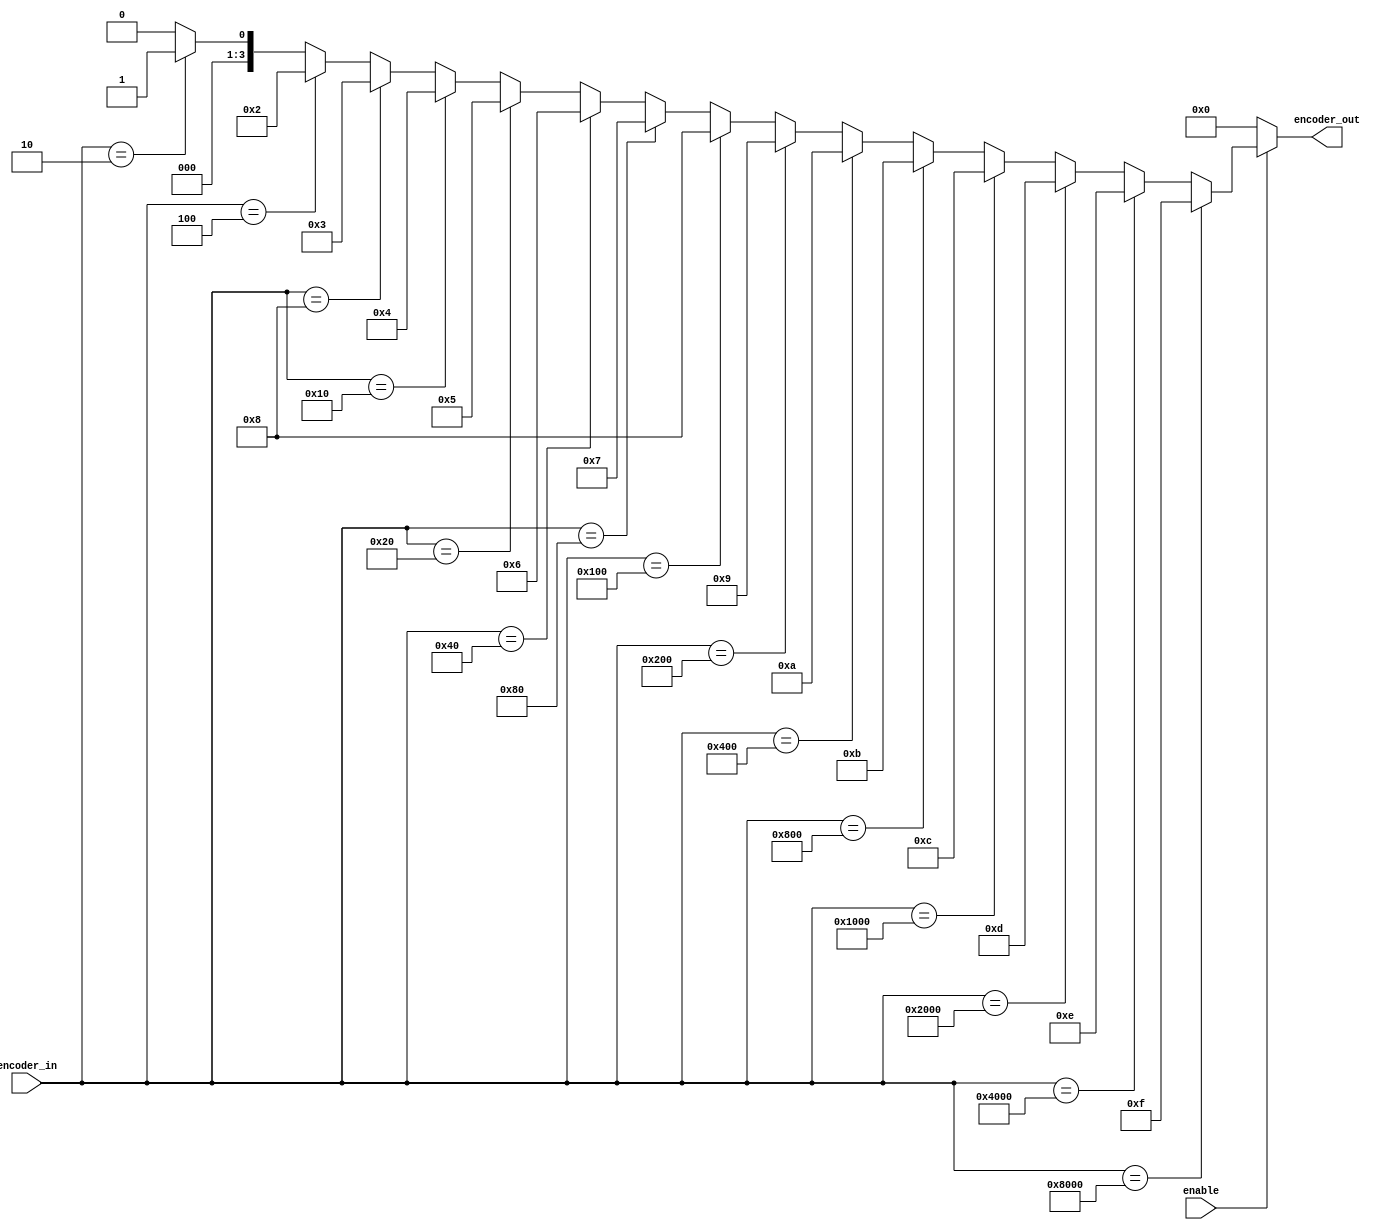
`timescale 1ns/1ps

module encoder( 
    encoder_in,         // 16-bit input
    encoder_out,        // 4-bit binary output
    enable              // enable signal
    );

output [3:0] encoder_out;
input enable;
input [15:0] encoder_in;

reg [3:0] encoder_out;

always @ (encoder_in or enable)
begin
  encoder_out = 0;
  if (enable) begin

        if (encoder_in == 16'h0002) begin
            encoder_out = 1;
        end if (encoder_in == 16'h0004) begin
            encoder_out = 2;
        end if (encoder_in == 16'h0008) begin
            encoder_out = 3;
        end if (encoder_in == 16'h0010) begin
            encoder_out = 4;
        end if (encoder_in == 16'h0020) begin
            encoder_out = 5;
        end if (encoder_in == 16'h0040) begin
            encoder_out = 6;
        end if (encoder_in == 16'h0080) begin
            encoder_out = 7;
        end if (encoder_in == 16'h0100) begin
            encoder_out = 8;
        end if (encoder_in == 16'h0200) begin
            encoder_out = 9;
        end if (encoder_in == 16'h0400) begin
            encoder_out = 10;
        end if (encoder_in == 16'h0800) begin
            encoder_out = 11;
        end if (encoder_in == 16'h1000) begin
            encoder_out = 12;
        end if (encoder_in == 16'h2000) begin
            encoder_out = 13;
        end if (encoder_in == 16'h4000) begin
            encoder_out = 14;
        end if (encoder_in == 16'h8000) begin
            encoder_out = 15;
        end
    end
end
endmodule